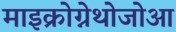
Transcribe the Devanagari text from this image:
माइक्रोग्नेथोजोआ